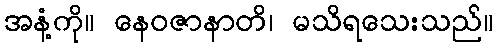
အနံ့ကို။ နေဝဇာနာတိ၊ မသိရသေးသည်။